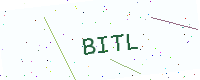
Text: BITL